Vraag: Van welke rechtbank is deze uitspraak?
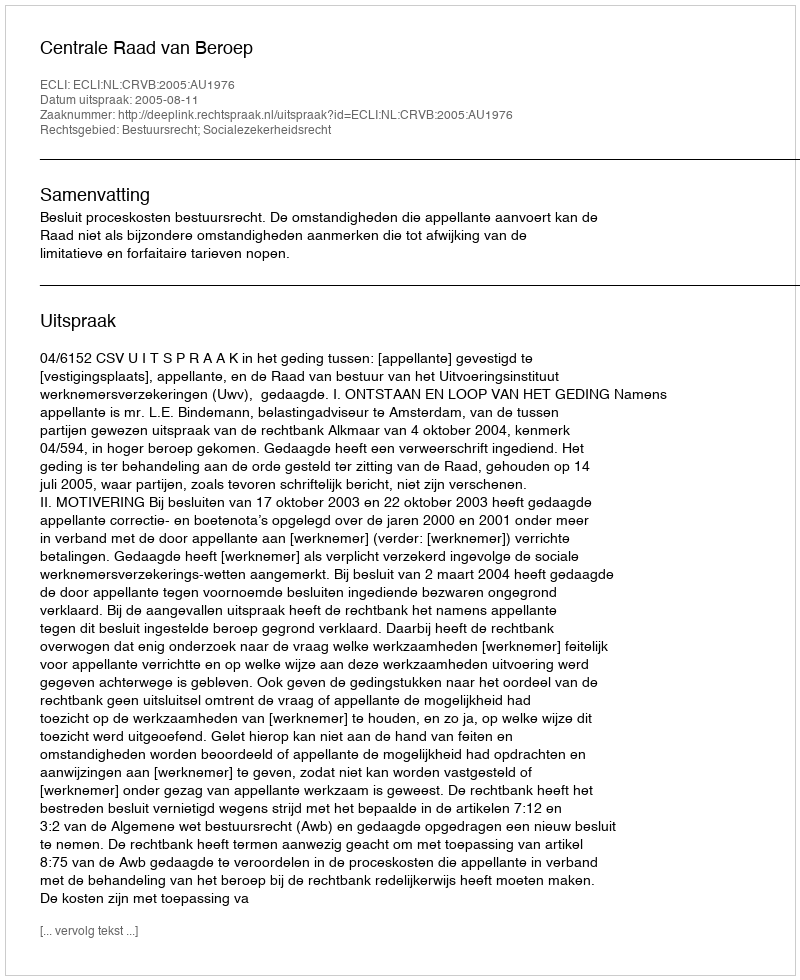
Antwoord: Centrale Raad van Beroep